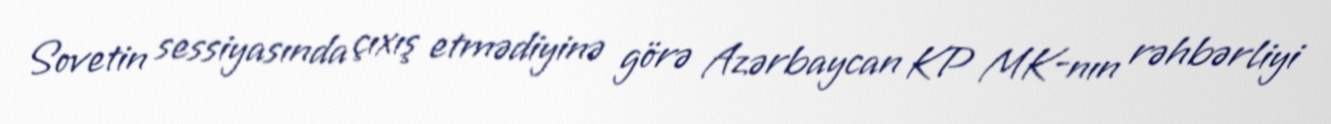
Sovetin sessiyasında çıxış etmədiyinə görə Azərbaycan KP MK-nın rəhbərliyi